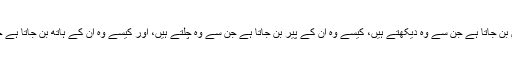
کیسے وہ ان کی آنکھیں بن جاتا ہے جن سے وہ دیکھتے ہیں، کیسے وہ ان کے پیر بن جاتا ہے جن سے وہ چلتے ہیں، اور کیسے وہ ان کے ہاتھ بن جاتا ہے جن سے وہ پکڑتے ہیں۔